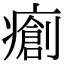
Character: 𤺨